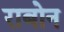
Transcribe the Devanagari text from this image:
राबोन